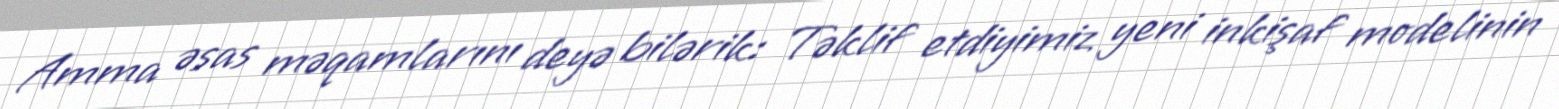
Amma əsas məqamlarını deyə bilərik: Təklif etdiyimiz yeni inkişaf modelinin